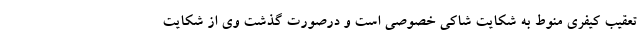
تعقیب کیفری منوط به شکایت شاکی خصوصی است و درصورت گذشت وی از شکایت